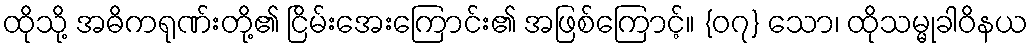
ထိုသို့ အဓိကရုဏ်းတို့၏ ငြိမ်းအေးကြောင်း၏ အဖြစ်ကြောင့်။ {၀၇} သော၊ ထိုသမ္မုခါဝိနယ